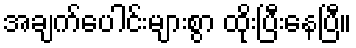
အချက်ပေါင်းများစွာ ထိုးပြီးနေပြီ။